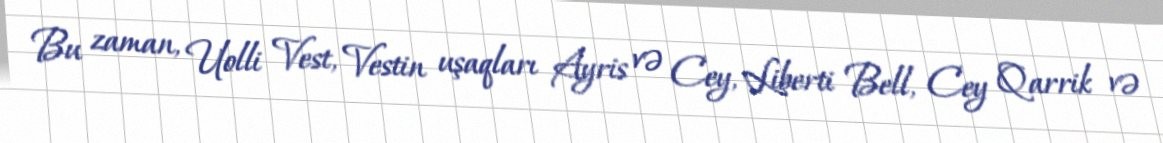
Bu zaman, Uolli Vest, Vestin uşaqları Ayris və Cey, Liberti Bell, Cey Qarrik və